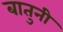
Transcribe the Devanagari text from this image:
बातुनी